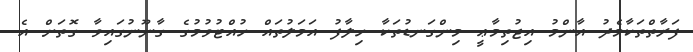
ފަރާތްތަކާމެދު އާންމު އިޖުތިމާޢީ މިންގަނޑުތަކާ ހިލާފު އަމަލުތައް ހުއްޓުވުމުގެ ގާނޫނުގައިވާ ގޮތަށް އެ